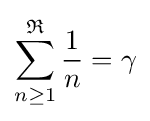
\sum _{n\geq 1}^{\mathfrak {R}}{\frac {1}{n}}=\gamma